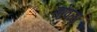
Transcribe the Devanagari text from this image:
सोवळा